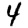
Digit: 4